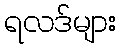
ရလဒ်များ